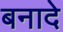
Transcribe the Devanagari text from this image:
बनादे